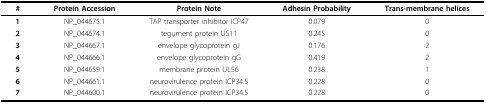
<table><thead><tr><td><b>#</b></td><td><b>Protein Accession</b></td><td><b>Protein Note</b></td><td><b>Adhesin Probability</b></td><td><b>Trans-membrane helices</b></td></tr></thead><tbody><tr><td><b>1</b></td><td>NP_044675.1</td><td>TAP transporter inhibitor ICP47</td><td>0.079</td><td>0</td></tr><tr><td><b>2</b></td><td>NP_044674.1</td><td>tegument protein US11</td><td>0.245</td><td>0</td></tr><tr><td><b>3</b></td><td>NP_044667.1</td><td>envelope glycoprotein gJ</td><td>0.176</td><td>2</td></tr><tr><td><b>4</b></td><td>NP_044666.1</td><td>envelope glycoprotein gG</td><td>0.419</td><td>2</td></tr><tr><td><b>5</b></td><td>NP_044659.1</td><td>membrane protein UL56</td><td>0.238</td><td>1</td></tr><tr><td><b>6</b></td><td>NP_044661.1</td><td>neurovirulence protein ICP34.5</td><td>0.228</td><td>0</td></tr><tr><td><b>7</b></td><td>NP_044600.1</td><td>neurovirulence protein ICP34.5</td><td>0.228</td><td>0</td></tr></tbody></table>